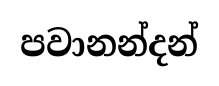
පවානන්දන්